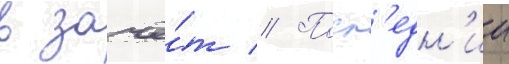
в зачё́т // Посл'едн'ии